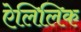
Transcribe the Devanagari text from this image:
ऐलिलिक